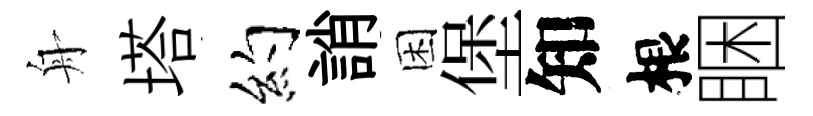
舟塔约誚困堡知根睏